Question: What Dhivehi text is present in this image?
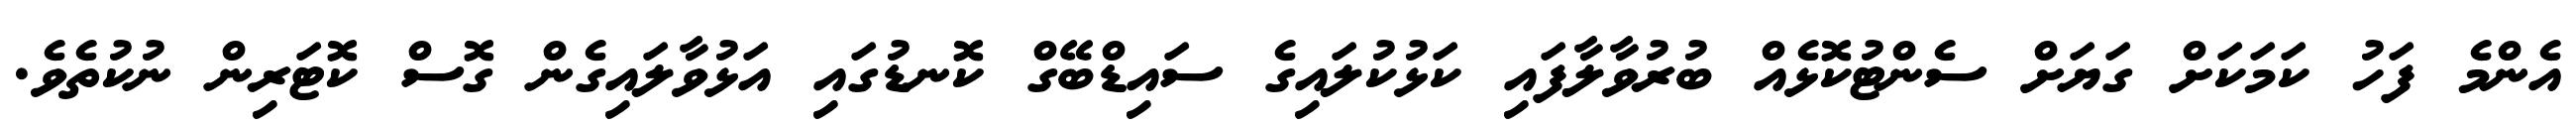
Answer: އެންމެ ފަހު ކަމަކަށް ގަޔަށް ސެންޓުކޮޅެއް ބުރުވާލާފައި ކަޅުކުލައިގެ ސައިޑްބޭގް ކޮނޑުގައި އަޅުވާލައިގެން ގޮސް ކޮޓަރިން ނުކުތެވެ.